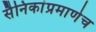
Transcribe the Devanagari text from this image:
सैनिकांप्रमाणेच